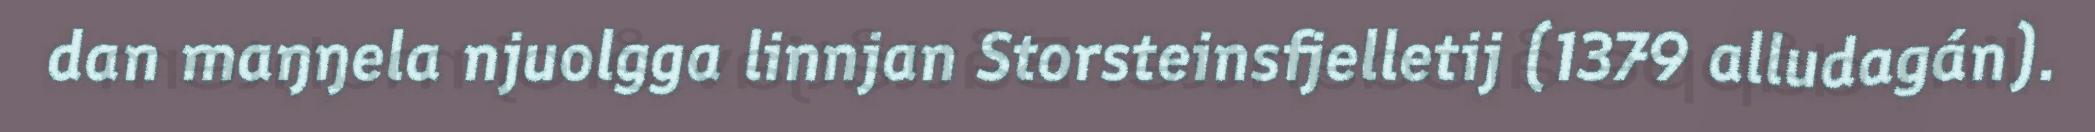
dan maŋŋela njuolgga linnjan Storsteinsfjelletij (1379 alludagán).